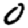
Digit: 0